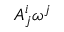
A _ { j } ^ { i } \omega ^ { j }